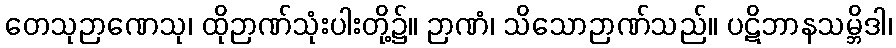
တေသုဉာဏေသု၊ ထိုဉာဏ်သုံးပါးတို့၌။ ဉာဏံ၊ သိသောဉာဏ်သည်။ ပဋိဘာနသမ္ဘိဒါ၊